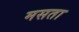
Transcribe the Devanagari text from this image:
मसता